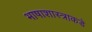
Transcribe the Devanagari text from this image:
भाषाशास्त्राकडे